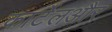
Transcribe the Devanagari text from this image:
कार्टेलऔर